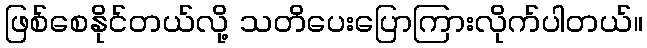
ဖြစ်စေနိုင်တယ်လို့ သတိပေးပြောကြားလိုက်ပါတယ်။